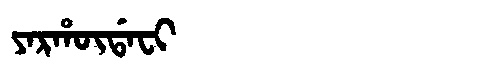
Manchu: ᠶᠠᡵᡥᡡᡩᠠᠸᡳ
Romanization: YARHŪDAFI